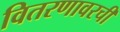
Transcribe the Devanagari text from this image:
वितरणावरची